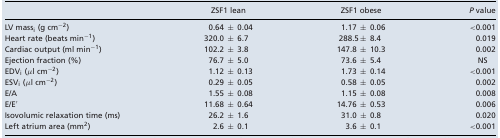
|  | ZSF1 lean | ZSF1 obese | P value |
 | --- | --- | --- | --- |
 | LV massi (g cm−2) | 0.64 ± 0.04 | 1.17 ± 0.06 | <0.001 |
 | Heart rate (beats min−1) | 320.0 ± 6.7 | 288.5± 8.4 | 0.019 |
 | Cardiac output (ml min−1) | 102.2 ± 3.8 | 147.8 ± 10.3 | 0.002 |
 | Ejection fraction (%) | 76.7 ± 5.0 | 73.6 ± 5.4 | NS |
 | EDVi (μl cm−2) | 1.12 ± 0.13 | 1.73 ± 0.14 | <0.001 |
 | ESVi (μl cm−2) | 0.29 ± 0.05 | 0.58 ± 0.05 | 0.002 |
 | E/A | 1.55 ± 0.08 | 1.15 ± 0.08 | 0.008 |
 | E/E′ | 11.68 ± 0.64 | 14.76 ± 0.53 | 0.006 |
 | Isovolumic relaxation time (ms) | 26.2 ± 1.6 | 31.0 ± 0.8 | 0.020 |
 | Left atrium area (mm2) | 2.6 ± 0.1 | 3.6 ± 0.1 | <0.001 |